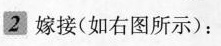
2嫁接(如右图所示)：